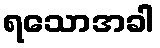
ရသောအခါ